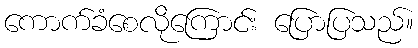
ကောက်ခံစေလိုကြောင်း ပြောပြသည်။